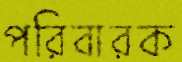
পরিবারক